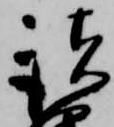
諸